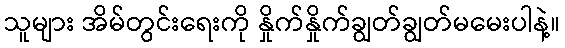
သူများ အိမ်တွင်းရေးကို နှိုက်နှိုက်ချွတ်ချွတ်မမေးပါနဲ့။